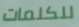
للكلمات